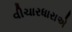
વીચારધારાએ